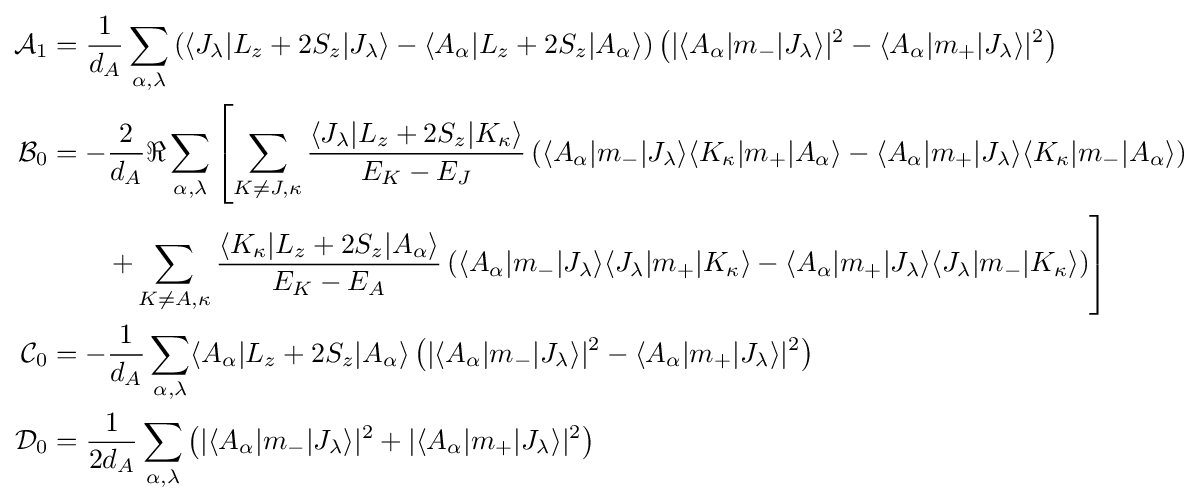
{\begin{aligned}{\mathcal {A}}_{1}&={\frac {1}{d_{A}}}\sum _{\alpha ,\lambda }\left(\langle J_{\lambda }|L_{z}+2S_{z}|J_{\lambda }\rangle -\langle A_{\alpha }|L_{z}+2S_{z}|A_{\alpha }\rangle \right)\left(|\langle A_{\alpha }|m_{-}|J_{\lambda }\rangle |^{2}-\langle A_{\alpha }|m_{+}|J_{\lambda }\rangle |^{2}\right)\\{\mathcal {B}}_{0}&=-{\frac {2}{d_{A}}}\Re \sum _{\alpha ,\lambda }\left[\sum _{K\neq J,\kappa }{\frac {\langle J_{\lambda }|L_{z}+2S_{z}|K_{\kappa }\rangle }{E_{K}-E_{J}}}\left(\langle A_{\alpha }|m_{-}|J_{\lambda }\rangle \langle K_{\kappa }|m_{+}|A_{\alpha }\rangle -\langle A_{\alpha }|m_{+}|J_{\lambda }\rangle \langle K_{\kappa }|m_{-}|A_{\alpha }\rangle \right)\right.\\&\qquad \left.+\sum _{K\neq A,\kappa }{\frac {\langle K_{\kappa }|L_{z}+2S_{z}|A_{\alpha }\rangle }{E_{K}-E_{A}}}\left(\langle A_{\alpha }|m_{-}|J_{\lambda }\rangle \langle J_{\lambda }|m_{+}|K_{\kappa }\rangle -\langle A_{\alpha }|m_{+}|J_{\lambda }\rangle \langle J_{\lambda }|m_{-}|K_{\kappa }\rangle \right)\right]\\{\mathcal {C}}_{0}&=-{\frac {1}{d_{A}}}\sum _{\alpha ,\lambda }\langle A_{\alpha }|L_{z}+2S_{z}|A_{\alpha }\rangle \left(|\langle A_{\alpha }|m_{-}|J_{\lambda }\rangle |^{2}-\langle A_{\alpha }|m_{+}|J_{\lambda }\rangle |^{2}\right)\\{\mathcal {D}}_{0}&={\frac {1}{2d_{A}}}\sum _{\alpha ,\lambda }\left(|\langle A_{\alpha }|m_{-}|J_{\lambda }\rangle |^{2}+|\langle A_{\alpha }|m_{+}|J_{\lambda }\rangle |^{2}\right)\end{aligned}}